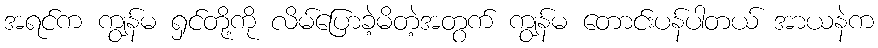
အရင်က ကျွန်မ ရှင်တို့ကို လိမ်ပြောခဲ့မိတဲ့အတွက် ကျွန်မ တောင်းပန်ပါတယ် အာယနဲက